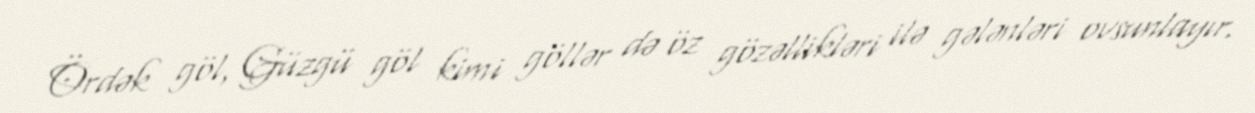
Ördək göl, Güzgü göl kimi göllər də öz gözəllikləri ilə gələnləri ovsunlayır.